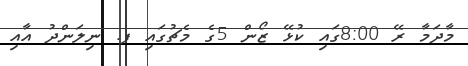
މާދަމާ ރޭ 8:00ގައި ކުޅޭ ޒޯން 5ގެ މެޗުގައި ފ. ނިލަންދު އާއި